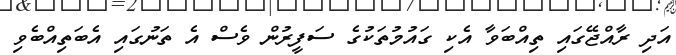
އަދި ރާއްޖޭގައި ތިއްބަވާ އެކި ގައުމުތަކުގެ ސަފީރުން ވެސް އެ ތަނުގައި އެބަތިއްބެވި